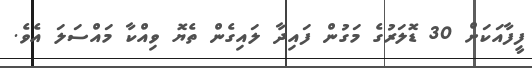
ފީފާއަކަށް 30 ޑޮލަރުގެ މަގުން ފައިދާ ލައިގެން ތެޔޮ ވިއްކާ މައްސަލަ އެވެ.